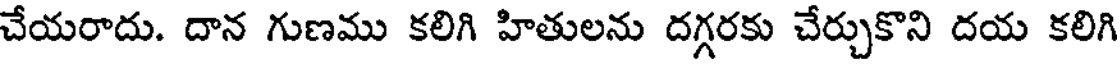
చేయరాదు. దాన గుణము కలిగి హితులను దగ్గరకు చేర్చుకొని దయ కలిగి